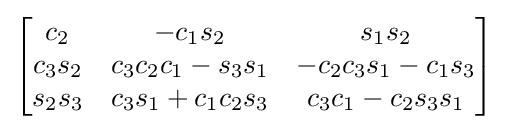
{\begin{bmatrix}c_{2}&-c_{1}s_{2}&s_{1}s_{2}\\c_{3}s_{2}&c_{3}c_{2}c_{1}-s_{3}s_{1}&-c_{2}c_{3}s_{1}-c_{1}s_{3}\\s_{2}s_{3}&c_{3}s_{1}+c_{1}c_{2}s_{3}&c_{3}c_{1}-c_{2}s_{3}s_{1}\end{bmatrix}}